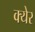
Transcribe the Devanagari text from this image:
क्येर